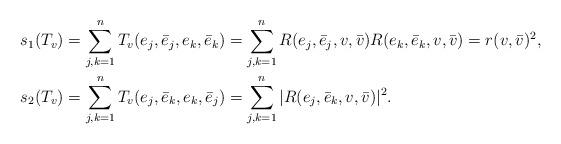
LaTeX: \begin{align*}s_1(T_v) &= \sum_{j,k=1}^n T_v(e_j, \bar e_j, e_k, \bar e_k)= \sum_{j,k=1}^n R(e_j, \bar e_j, v, \bar v) R(e_k, \bar e_k, v, \bar v)= r(v, \bar v)^2,\\s_2(T_v) &= \sum_{j,k=1}^n T_v(e_j, \bar e_k, e_k, \bar e_j)= \sum_{j,k=1}^n |R(e_j, \bar e_k, v, \bar v)|^2.\end{align*}